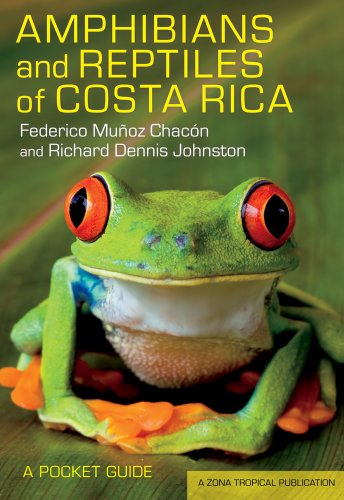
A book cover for Amphibians and Reptiles of Costa Rica: A Pocket Guide (Zona Tropical Publications); Federico MuÃ±oz ChacÃ³n; Travel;